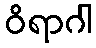
ဝိရာဂါ